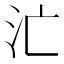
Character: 汒